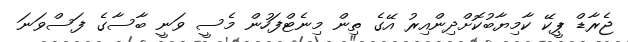
ޖެރާޑް ޕީކޭ ކާމިޔާބުކޮށްދިންއިރު އޭގެ ތިން މިނެޓްފަހުން މެސީ ވަނީ ބާސާގެ ފަސްވަނަ